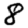
Digit: 8